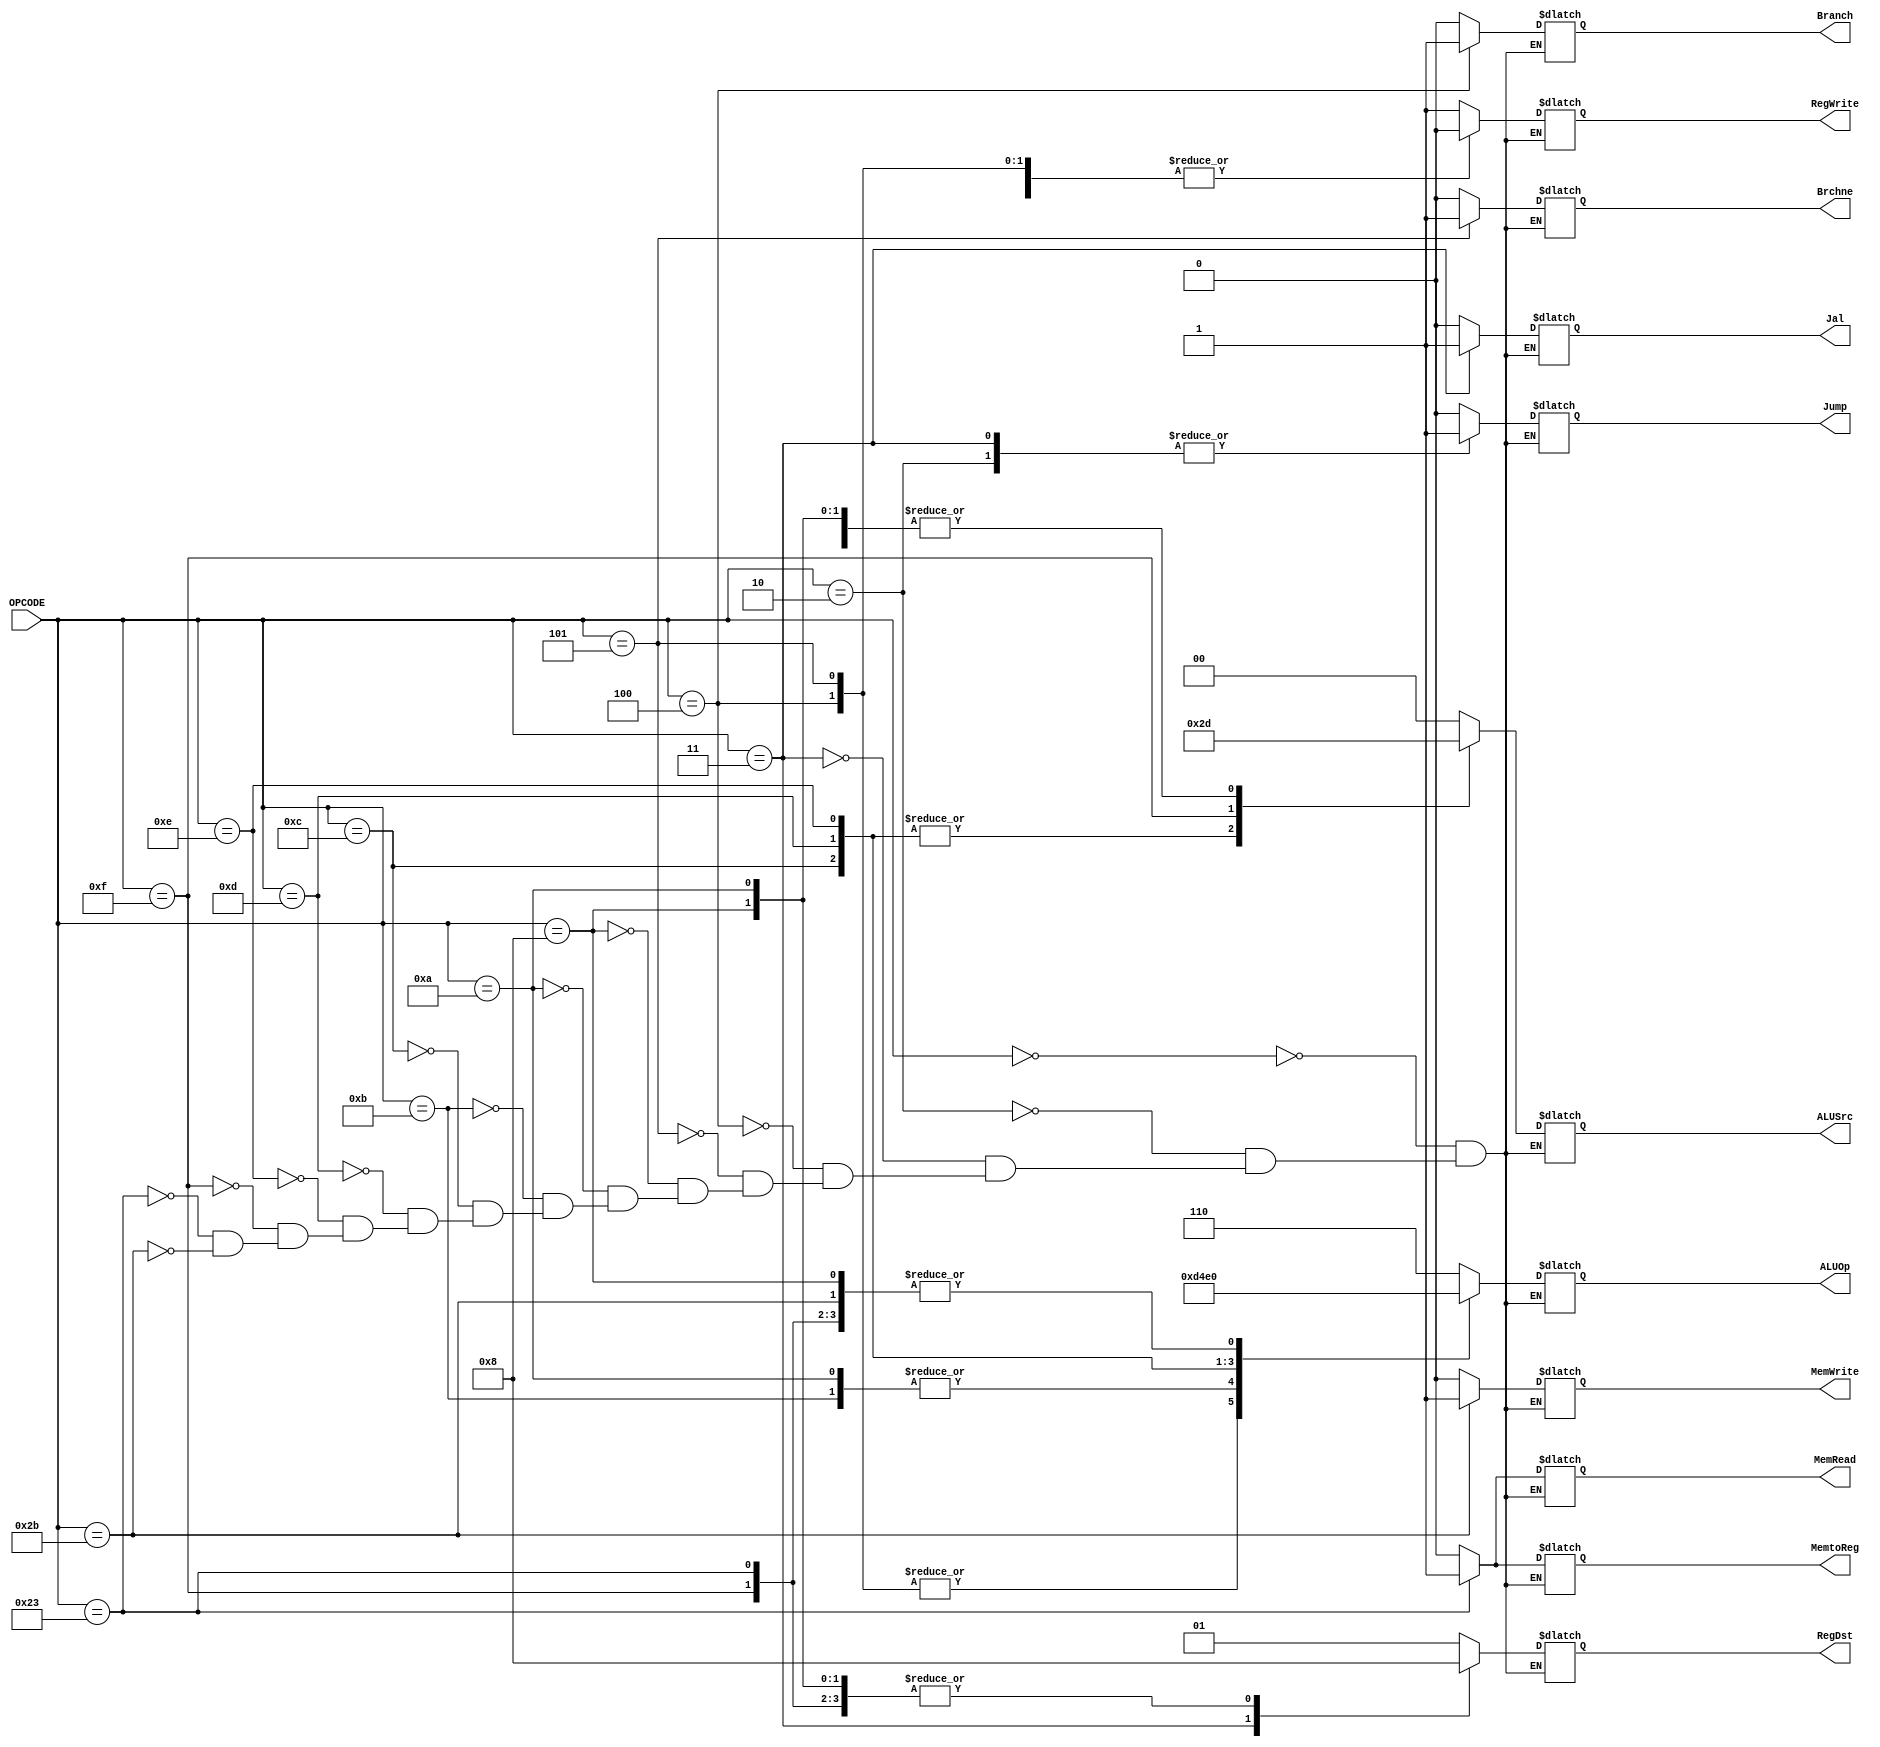
module Control (OPCODE, MemRead, RegWrite, RegDst, ALUSrc, Branch, Brchne, MemWrite, MemtoReg, Jump, Jal, ALUOp);

	input wire [5:0] OPCODE;
	output reg [1:0] RegDst, ALUSrc;
	output reg [2:0] ALUOp;
	output reg MemtoReg, MemRead, RegWrite, Branch, Brchne, MemWrite, Jump, Jal;
	
	always @(*) begin
		case(OPCODE)
			0: begin
                RegWrite <= 1'b1;
                RegDst <= 2'b01;
                ALUSrc <= 2'b00;
                Branch <= 1'b0;
                Brchne <= 1'b0;
                MemWrite <= 1'b0;
                MemtoReg <= 1'b0;
                Jump <= 1'b0;
                Jal <= 1'b0;
                ALUOp <= 3'b110;
                MemRead <= 1'b0;
			end
			2: begin
                RegWrite <= 1'b0;;
                RegDst <= 2'bxx;
                ALUSrc <= 2'bxx;
                Branch <= 1'bx;
                Brchne <= 1'bx;
                MemWrite <= 1'b0;
                MemtoReg <= 1'bx;
                Jump <= 1'b1;
                Jal <= 1'b0;
                ALUOp <= 3'bxxx;
                MemRead <= 1'b0;
			end
			3: begin
                RegWrite <= 1'b1;
                RegDst <= 2'b10;
                ALUSrc <= 2'bxx;
                Branch <= 1'bx;
                Brchne <= 1'bx;
                MemWrite <= 1'b0;
                MemtoReg <= 1'bx;
                Jump <= 1'b1;
                Jal <= 1'b1;
                ALUOp <= 3'bxxx;
                MemRead <= 1'b0;
			end
			4: begin
                RegWrite <= 1'b0;
                RegDst <= 2'bxx;
                ALUSrc <= 2'b00;
                Branch <= 1'b1;
                Brchne <= 1'b0;
                MemWrite <= 1'b0;
                MemtoReg <= 1'bx;
                Jump <= 1'b0;
                Jal <= 1'b0;
                ALUOp <= 3'b001;
                MemRead <= 1'b0;
			end
			5: begin
                RegWrite <= 1'b0;
                RegDst <= 2'bxx;
                ALUSrc <= 2'b00;
                Branch <= 1'b0;
                Brchne <= 1'b1;
                MemWrite <= 1'b0;
                MemtoReg <= 1'bx;
                Jump <= 1'b0;
                Jal <= 1'b0;
                ALUOp <= 3'b001;
                MemRead <= 1'b0;
			end
			8: begin
                RegWrite <= 1'b1;
                RegDst <= 2'b00;
                ALUSrc <= 2'b01;
                Branch <= 1'b0;
                Brchne <= 1'b0;
                MemWrite <= 1'b0;
                MemtoReg <= 1'b0;
                Jump <= 1'b0;
                Jal <= 1'b0;
                ALUOp <= 3'b000;
                MemRead <= 1'b0;
			end
			10: begin
                RegWrite <= 1'b1;
                RegDst <= 2'b00;
                ALUSrc <= 2'b01;
                Branch <= 1'b0;
                Brchne <= 1'b0;
                MemWrite <= 1'b0;
                MemtoReg <= 1'b0;
                Jump <= 1'b0;
                Jal <= 1'b0;
                ALUOp <= 3'b101;
                MemRead <= 1'b0;
			end
			11: begin
                RegWrite <= 1'b1;
                RegDst <= 2'b00;
                ALUSrc <= 2'b01;
                Branch <= 1'b0;
                Brchne <= 1'b0;
                MemWrite <= 1'b0;
                MemtoReg <= 1'b0;
                Jump <= 1'b0;
                Jal <= 1'b0;
                ALUOp <= 3'b101;
                MemRead <= 1'b0;
			end
			12: begin
                RegWrite <= 1'b1;
                RegDst <= 2'b00;
                ALUSrc <= 2'b10;
                Branch <= 1'b0;
                Brchne <= 1'b0;
                MemWrite <= 1'b0;
                MemtoReg <= 1'b0;
                Jump <= 1'b0;
                Jal <= 1'b0;
                ALUOp <= 3'b010;
                MemRead <= 1'b0;
			end
			13: begin
                RegWrite <= 1'b1;
                RegDst <= 2'b00;
                ALUSrc <= 2'b10;
                Branch <= 1'b0;
                Brchne <= 1'b0;
                MemWrite <= 1'b0;
                MemtoReg <= 1'b0;
                Jump <= 1'b0;
                Jal <= 1'b0;
                ALUOp <= 3'b011;
                MemRead <= 1'b0;
			end
			14: begin
                RegWrite <= 1'b1;
                RegDst <= 2'b00;
                ALUSrc <= 2'b10;
                Branch <= 1'b0;
                Brchne <= 1'b0;
                MemWrite <= 1'b0;
                MemtoReg <= 1'b0;
                Jump <= 1'b0;
                Jal <= 1'b0;
                ALUOp <= 3'b100;
                MemRead <= 1'b0;
			end
			15: begin
                RegWrite <= 1'b1;
                RegDst <= 2'b00;
                ALUSrc <= 2'b11;
                Branch <= 1'b0;
                Brchne <= 1'b0;
                MemWrite <= 1'b0;
                MemtoReg <= 1'b0;
                Jump <= 1'b0;
                Jal <= 1'b0;
                ALUOp <= 3'b000;
                MemRead <= 1'b0;
			end
			35: begin
                RegWrite <= 1'b1;
                RegDst <= 2'b00;
                ALUSrc <= 2'b01;
                Branch <= 1'b0;
                Brchne <= 1'b0;
                MemWrite <= 1'b0;
                MemtoReg <= 1'b1;
                Jump <= 1'b0;
                Jal <= 1'b0;
                ALUOp <= 3'b000;
                MemRead <= 1'b1;
			end
			43: begin
                RegWrite <= 1'b0;
                RegDst <= 2'bxx;
                ALUSrc <= 2'b01;
                Branch <= 1'b0;
                Brchne <= 1'b0;
                MemWrite <= 1'b1;
                MemtoReg <= 1'bx;
                Jump <= 1'b0;
                Jal <= 1'b0;
                ALUOp <= 3'b000;
                MemRead <= 1'b0;
			end
		endcase
	end

endmodule